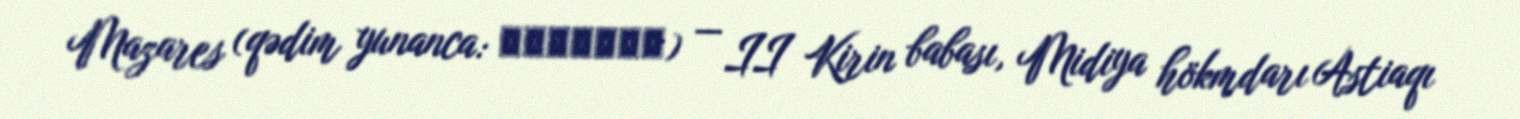
Mazares (qədim yunanca: Μαζάρης) — II Kirin babası, Midiya hökmdarı Astiaqı